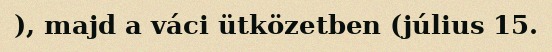
), majd a váci ütközetben (július 15.